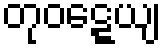
တုဝဋ္ဋေယျ